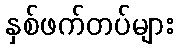
နှစ်ဖက်တပ်များ